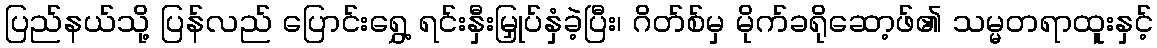
ပြည်နယ်သို့ ပြန်လည် ပြောင်းရွှေ့ ရင်းနှီးမြှုပ်နှံခဲ့ပြီး၊ ဂိတ်စ်မှ မိုက်ခရိုဆော့ဖ်၏ သမ္မတရာထူးနှင့်